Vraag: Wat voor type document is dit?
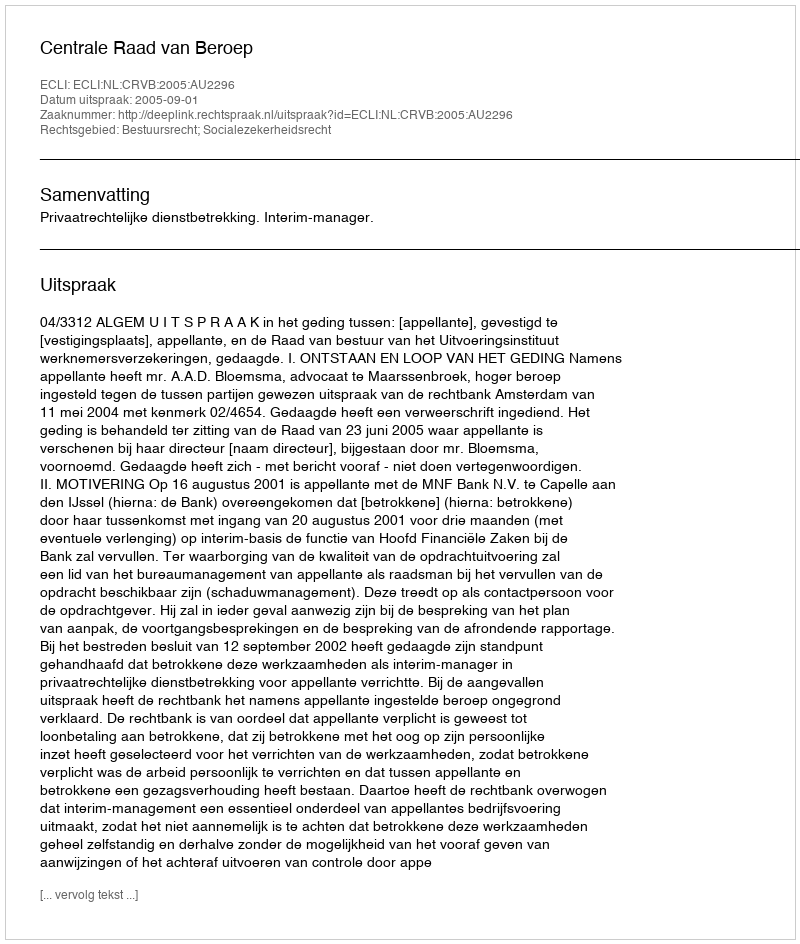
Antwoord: Uitspraak